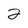
Character: 2